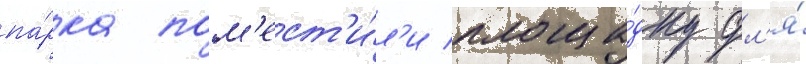
па́рка пом'ест'и́л'и площа́дку дл'я́